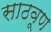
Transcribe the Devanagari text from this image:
साठवूण